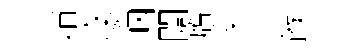
绡圾憐睏闚膺変革餱